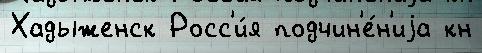
Хадыженск Росс'и́я подчин'е́н'иjа кн